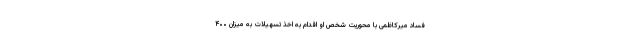
فساد میرکاظمی با محوریت شخص او اقدام به اخذ تسهیلات به میزان ۴۰۰